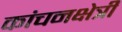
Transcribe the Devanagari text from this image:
कांचनक्षेत्री